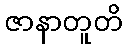
ဇာနာတူတိ